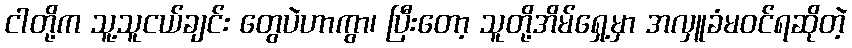
ငါတို့က သူ့သူငယ်ချင်း တွေပဲဟာကွာ၊ ပြီးတော့ သူတို့အိမ်ရှေ့မှာ အလှူခံမဝင်ရဆိုတဲ့